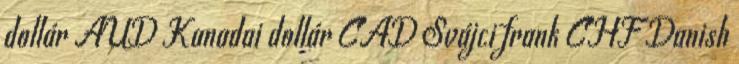
dollár AUD Kanadai dollár CAD Svájci frank CHF Danish